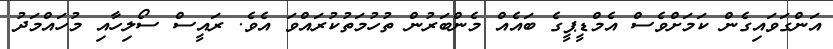
އަންގަވައިގެން ކަމަށްވެސް އެމްޑީޕީގެ ބައެއް މެންބަރުން ތުހުމަތުކުރައްވަ އެވެ. ރައީސް ސޯލިހާއި މުހައްމަދު